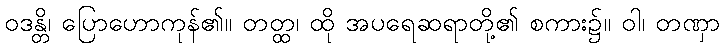
ဝဒန္တိ၊ ပြောဟောကုန်၏။ တတ္ထ၊ ထို အပရေဆရာတို့၏ စကား၌။ ဝါ၊ တဏှာ